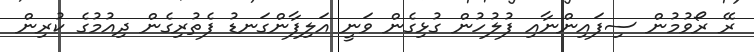
ރޭ ރޯވުމުން ސިފައިންނާއި ފުލުހުން ގުޅިގެން ވަނީ އަލިފާންގަނޑު ފެތުރިގެން ދިއުމުގެ ކުރިން